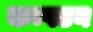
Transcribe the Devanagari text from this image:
कम्पटन